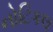
નોટિકલ